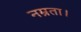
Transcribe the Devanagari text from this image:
नम्रता।